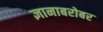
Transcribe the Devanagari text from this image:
ज्ञानाबरोबर